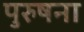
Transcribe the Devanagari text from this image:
पुरुषना